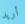
أريد